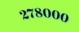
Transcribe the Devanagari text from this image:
२७८०००